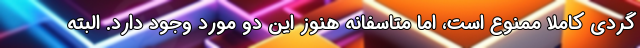
گردی کاملا ممنوع است، اما متاسفانه هنوز این دو مورد وجود دارد. البته